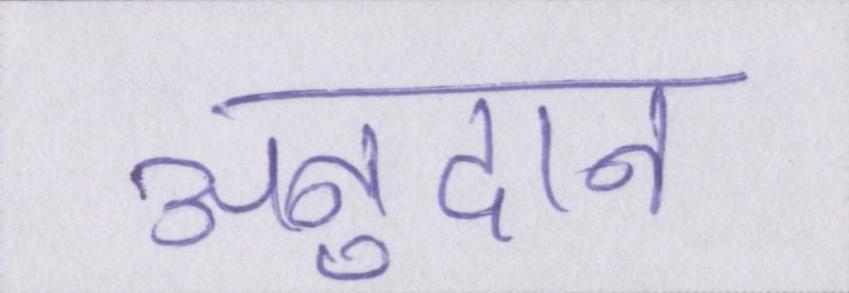
अनुदान